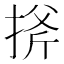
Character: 𢯋